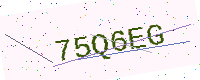
Text: 75Q6EG